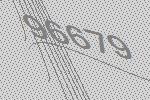
96679